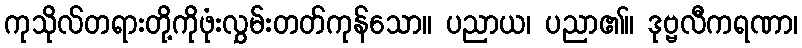
ကုသိုလ်တရားတို့ကိုဖုံးလွှမ်းတတ်ကုန်သော။ ပညာယ၊ ပညာ၏။ ဒုဗ္ဗလီကရဏာ၊